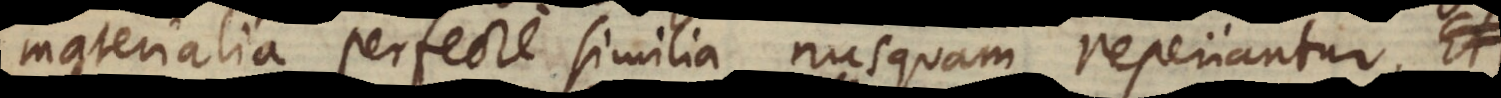
materialia perfecte similia nusquam reperiantur.